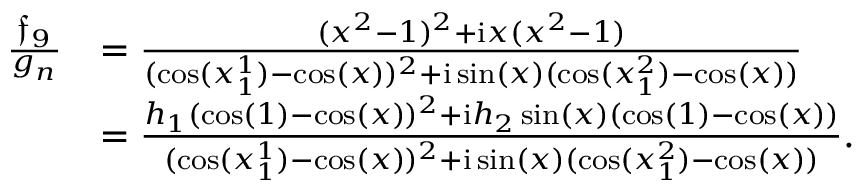
\begin{array} { r l } { \frac { \mathfrak { f } _ { 9 } } { g _ { n } } } & { = \frac { ( x ^ { 2 } - 1 ) ^ { 2 } + \mathrm { i } x ( x ^ { 2 } - 1 ) } { ( \cos ( x _ { 1 } ^ { 1 } ) - \cos ( x ) ) ^ { 2 } + \mathrm { i } \sin ( x ) ( \cos ( x _ { 1 } ^ { 2 } ) - \cos ( x ) ) } } \\ & { = \frac { h _ { 1 } ( \cos ( 1 ) - \cos ( x ) ) ^ { 2 } + \mathrm { i } h _ { 2 } \sin ( x ) ( \cos ( 1 ) - \cos ( x ) ) } { ( \cos ( x _ { 1 } ^ { 1 } ) - \cos ( x ) ) ^ { 2 } + \mathrm { i } \sin ( x ) ( \cos ( x _ { 1 } ^ { 2 } ) - \cos ( x ) ) } . } \end{array}